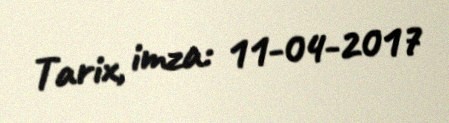
Tarix, imza: 11-04-2017